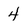
Character: 4